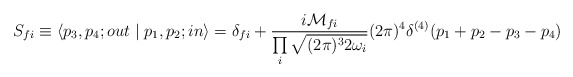
\begin{align*}S_{fi}\equiv \left\langle {{p_3,p_4;out}} \mathrel{\left | {\vphantom{{out\,p_3,p_4} {p_1,p_2\,in}}} \right. \kern-\nulldelimiterspace}{{p_1,p_2;in}}\right\rangle =\delta _{fi}+{{i{\cal M}_{fi}} \over {\prod\limits_i {\sqrt {(2\pi)^32\omega _i}}}}(2\pi )^4\delta ^{(4)}(p_1+p_2-p_3-p_4)\end{align*}